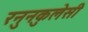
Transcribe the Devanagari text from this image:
रनुनकुलेसी